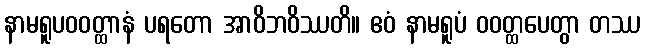
နာမရူပဝဝတ္ထာနံ ပရတော အာဝိဘဝိဿတိ။ ဧဝံ နာမရူပံ ဝဝတ္ထပေတွာ တဿ